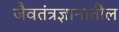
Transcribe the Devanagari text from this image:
जैवतंत्रज्ञानातील